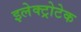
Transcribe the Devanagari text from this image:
इलेक्ट्रोटेक